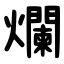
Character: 爛